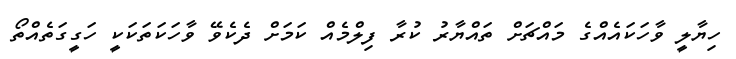
ހިޔާލީ ވާހަކައެއްގެ މައްޗަށް ތައްޔާރު ކުރާ ފިލްމެއް ކަމަށް ދެކެވޭ ވާހަކަތަކަކީ ހަގީގަތެއްތޯ